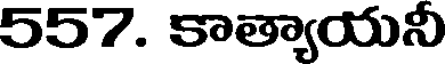
557. కాత్యాయనీ